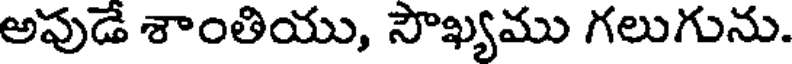
అపుడే శాంతియు, సౌఖ్యము గలుగును.